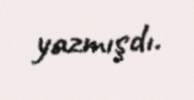
yazmışdı.